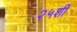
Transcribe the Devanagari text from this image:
२५शी